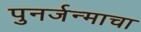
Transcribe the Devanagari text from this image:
पुनर्जन्माचा